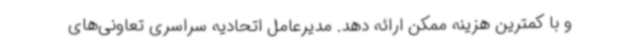
و با کمترین هزینه ممکن ارائه دهد. مدیرعامل اتحادیه سراسری تعاونی‌های